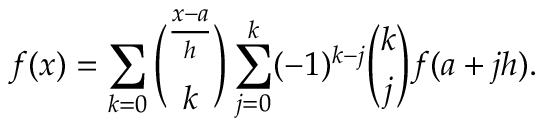
f ( x ) = \sum _ { k = 0 } { \binom { \frac { x - a } { h } } { k } } \sum _ { j = 0 } ^ { k } ( - 1 ) ^ { k - j } { \binom { k } { j } } f ( a + j h ) .